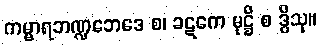
ကမ္မာရဘဏ္ဍဘေဒေ စ၊ ခဋကေ မုဋ္ဌိ စ ဒွိသု။